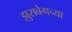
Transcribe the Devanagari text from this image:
झुराबेगच्या